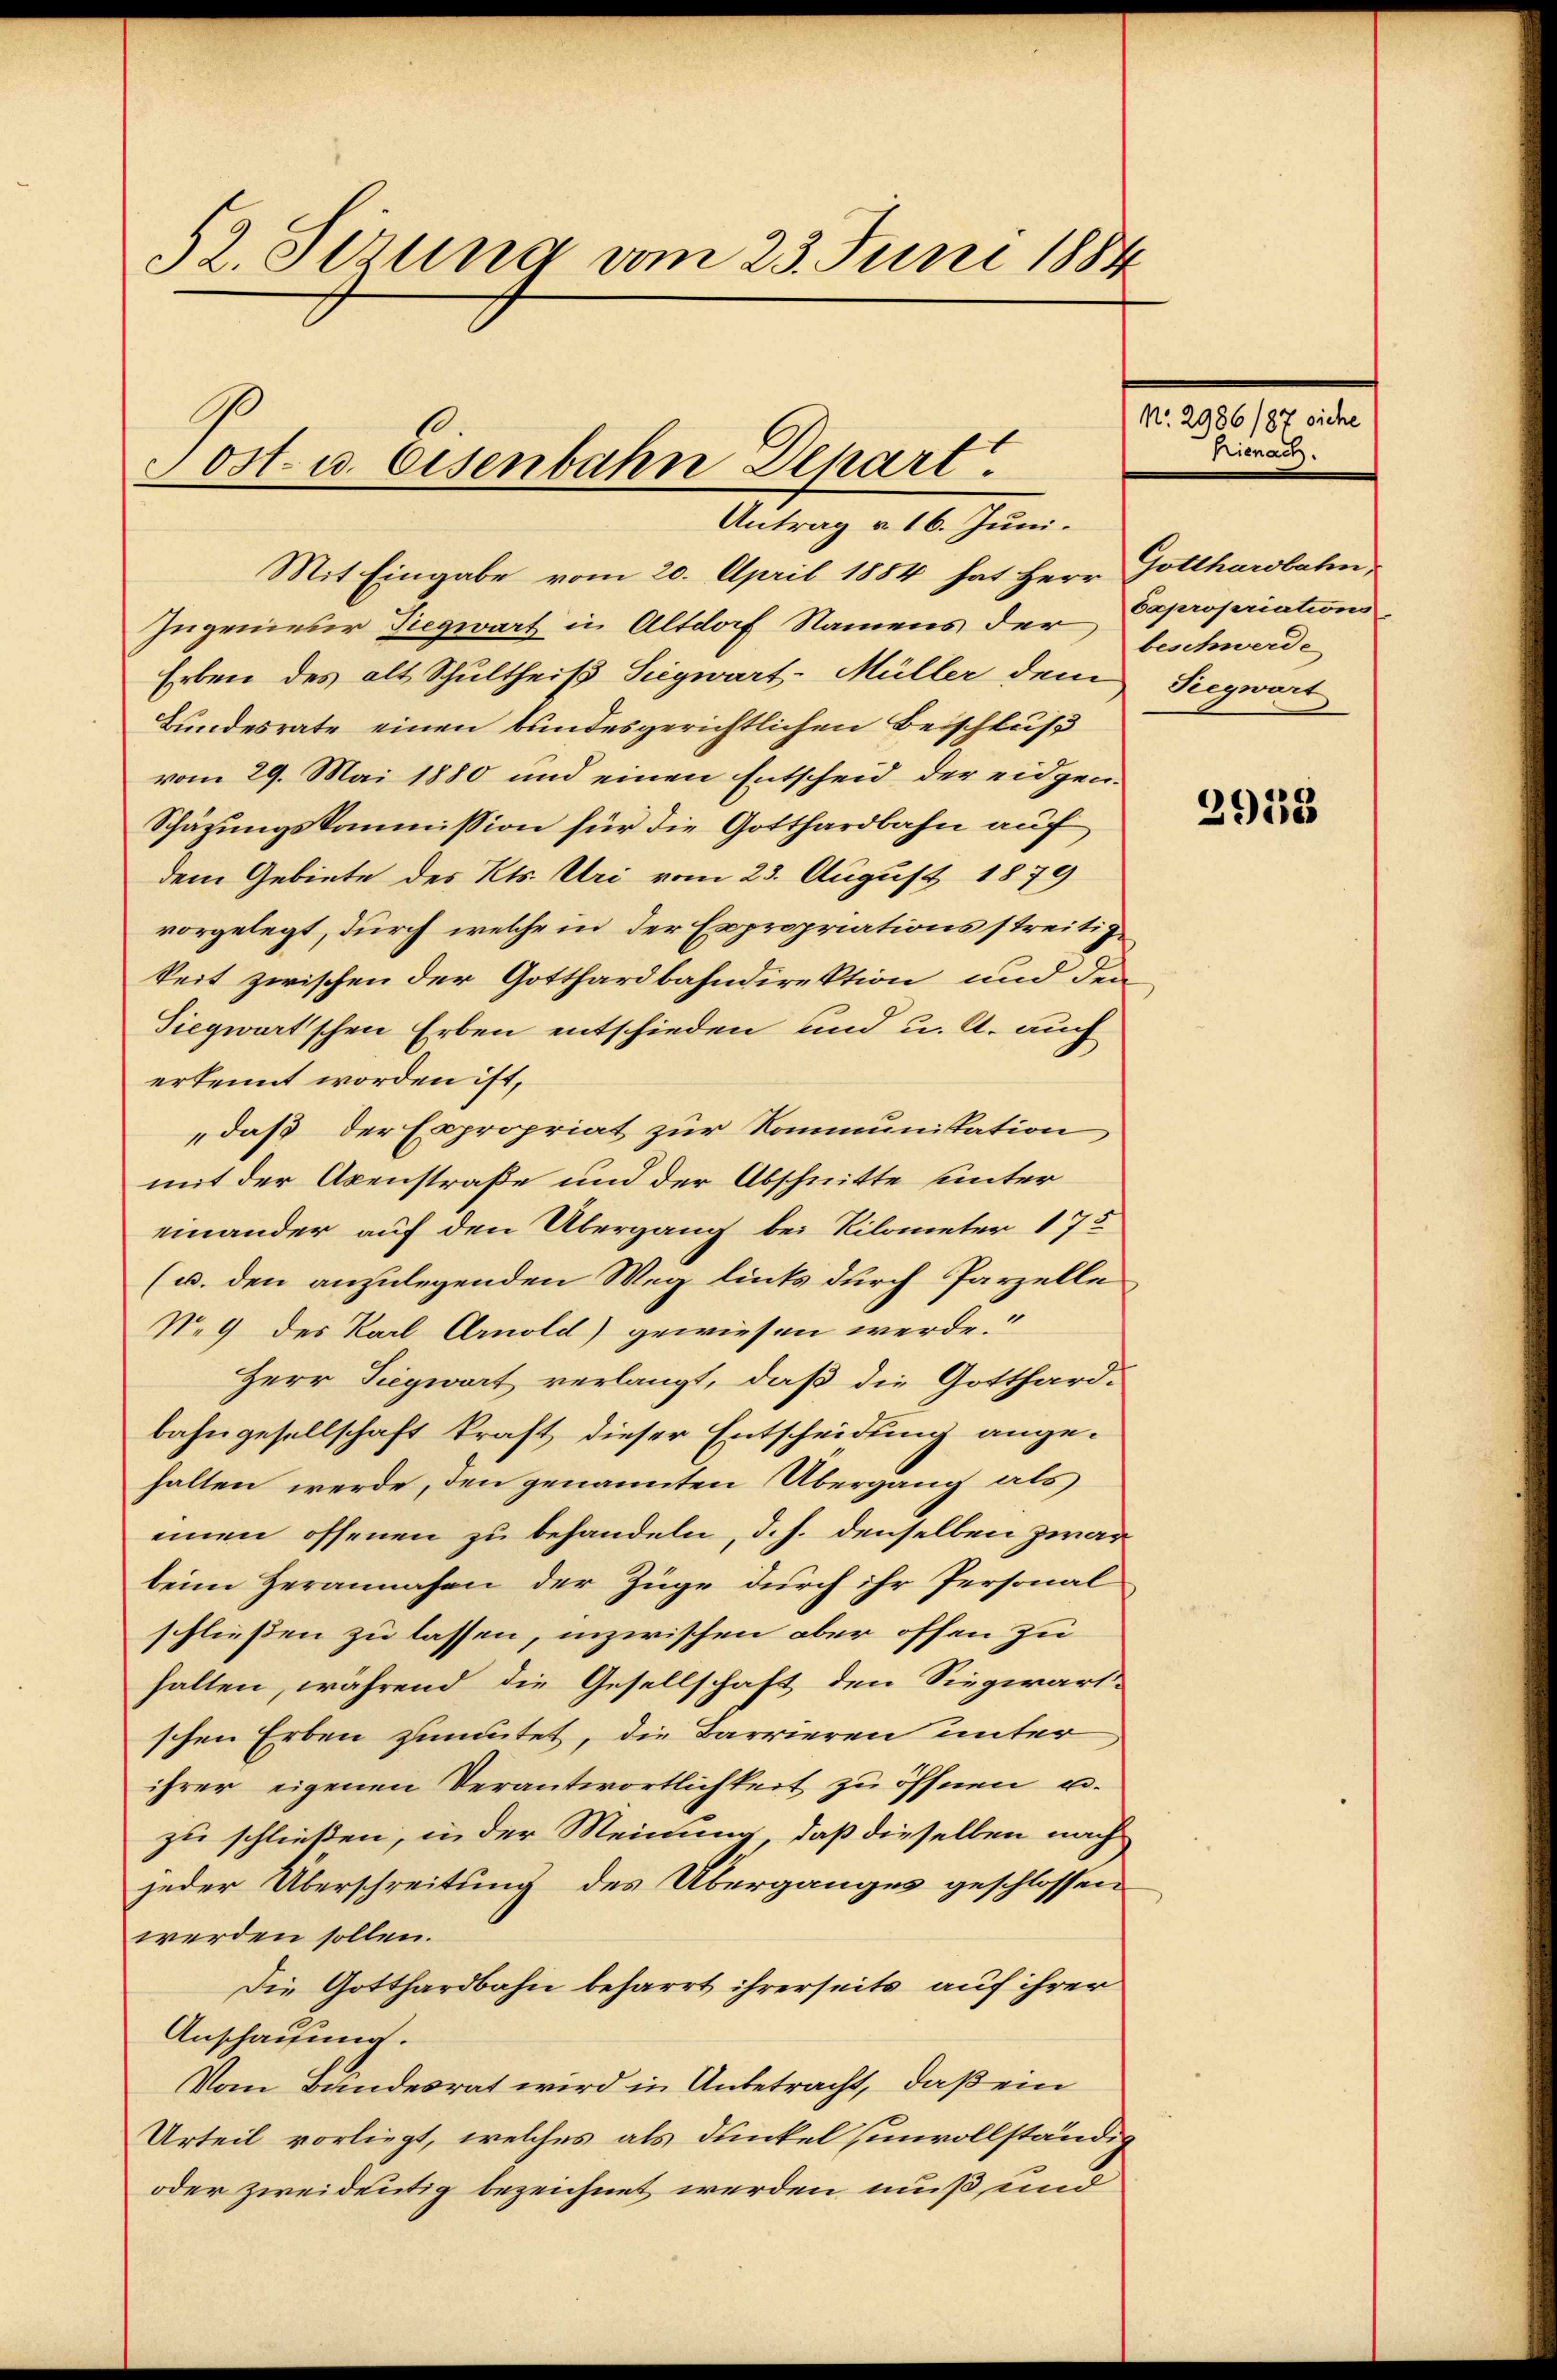
32. derung vom 23. Juni 1884

Post- u. Eisenbahn Depart.

Antrag v. 16. Juni.
Mit Eingabe vom 20. April 1884 hat Herr Gotthardbahn
Ingenieser Siegwart in Altdorf Namens der Expropriations
Erben des alt Schultheiß Siegwart-Müller dem Siegwart
Bundesrate einen bundesgerichtlichen Beischluß
vom 29. Mai 1880 und einen Entscheid der eidgen¬
Schätzungskommission für die Gotthardbahn auf
dem Gebiete des Kts. Uri vom 23. August 1879
vorgelegt, durch welche in der Expropriationsstreitigkeit zwischen der Gotthardbahndirektion und den
Siegwartschen Erben entschieden und u. A. auch
erkennt worden ist,
„daß der Expropriat zur Kommunistation
mit der Axenstraße und der Abschnitte unter
einander auf den Übergang bei Rilometer 175
(u. den anzulegenden Weg links durch Parzelle
N. 9 des Karl Arnold gewiesen werde.
Herr Siegwart verlangt, daß die Gotthard-
bahngesellschaft kraft dieser Entscheidung angehalten werde, den genannten Übergang als
einen offenen zu behandeln, d. h. denselben zwar
beim Herannahe der Züge durch ihr Personal
schließen zu lassen, inzwischen aber offen zu
halten, während die Gesellschaft den Siegwart.
schen Erben zumutet, die Barrieren unter
ihrer eigenen Verantwortlichkeit zu öffnen u.
zu schließen, in der Meinung, daß dieselben nach
jeder Überschreitung des Überganges geschlossen
werden sollen.
Die Gotthardbahn beharrt ihrerseits auf ihrer
Anschauung.
Vom Bundesrat wird in Unbetracht, daß ein
Urteil vorliegt, welches als dunkel unvollständig
oder zweideutig bezeichnet werden muß und

N. 2986/87 siche
Hienach.

2958

beschwerde